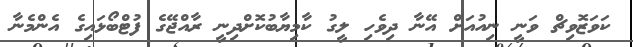
ކަވަޒޮވިޗް ވަނީ ނިއުއަށް އޭނާ ދިވެހި ލީގު ކާމިޔާބުކޮށްދިނީ ރާއްޖޭގެ ފުޓްބޯޅައިގެ އެންމެނާ